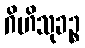
ဂိဟိသုခဉ္စ